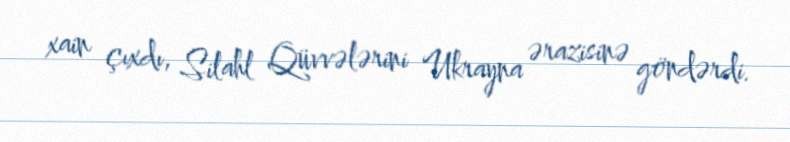
xain çıxdı, Silahl Qüvvələrini Ukrayna ərazisinə göndərdi.